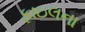
ફાઇલના